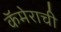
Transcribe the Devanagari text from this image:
कॅमेराची